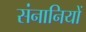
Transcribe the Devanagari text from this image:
संनानियों